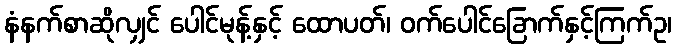
နံနက်စာဆိုလျှင် ပေါင်မုန့်နှင့် ထောပတ်၊ ဝက်ပေါင်ခြောက်နှင့်ကြက်ဥ၊